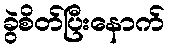
ခွဲစိတ်ပြီးနောက်